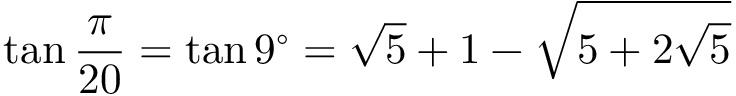
\tan { \frac { \pi } { 2 0 } } = \tan 9 ^ { \circ } = { \sqrt { 5 } } + 1 - { \sqrt { 5 + 2 { \sqrt { 5 } } } }